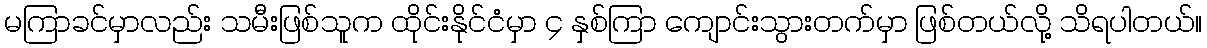
မကြာခင်မှာလည်း သမီးဖြစ်သူက ထိုင်းနိုင်ငံမှာ ၄ နှစ်ကြာ ကျောင်းသွားတက်မှာ ဖြစ်တယ်လို့ သိရပါတယ်။